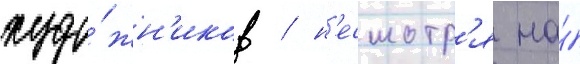
худо́жн'иков / н'есмотр'я на́